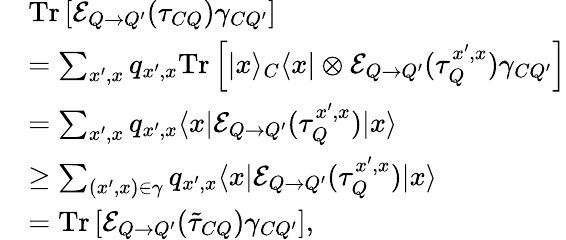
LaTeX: \begin{array}{rl}&{\mathrm{Tr}\left[\mathcal{E}_{Q\rightarrow Q^{\prime}}(\tau_{CQ})\gamma_{CQ^{\prime}}\right]}\\ &{=\sum_{x^{\prime},x}q_{x^{\prime},x}\mathrm{Tr}\left[|x\rangle_{C}\langle x|\otimes\mathcal{E}_{Q\rightarrow Q^{\prime}}(\tau_{Q}^{x^{\prime},x})\gamma_{CQ^{\prime}}\right]}\\ &{=\sum_{x^{\prime},x}q_{x^{\prime},x}\langle x|\mathcal{E}_{Q\rightarrow Q^{\prime}}(\tau_{Q}^{x^{\prime},x})|x\rangle}\\ &{\geq\sum_{(x^{\prime},x)\in\gamma}q_{x^{\prime},x}\langle x|\mathcal{E}_{Q\rightarrow Q^{\prime}}(\tau_{Q}^{x^{\prime},x})|x\rangle}\\ &{=\mathrm{Tr}\left[\mathcal{E}_{Q\rightarrow Q^{\prime}}(\tilde{\tau}_{CQ})\gamma_{CQ^{\prime}}\right],}\end{array}